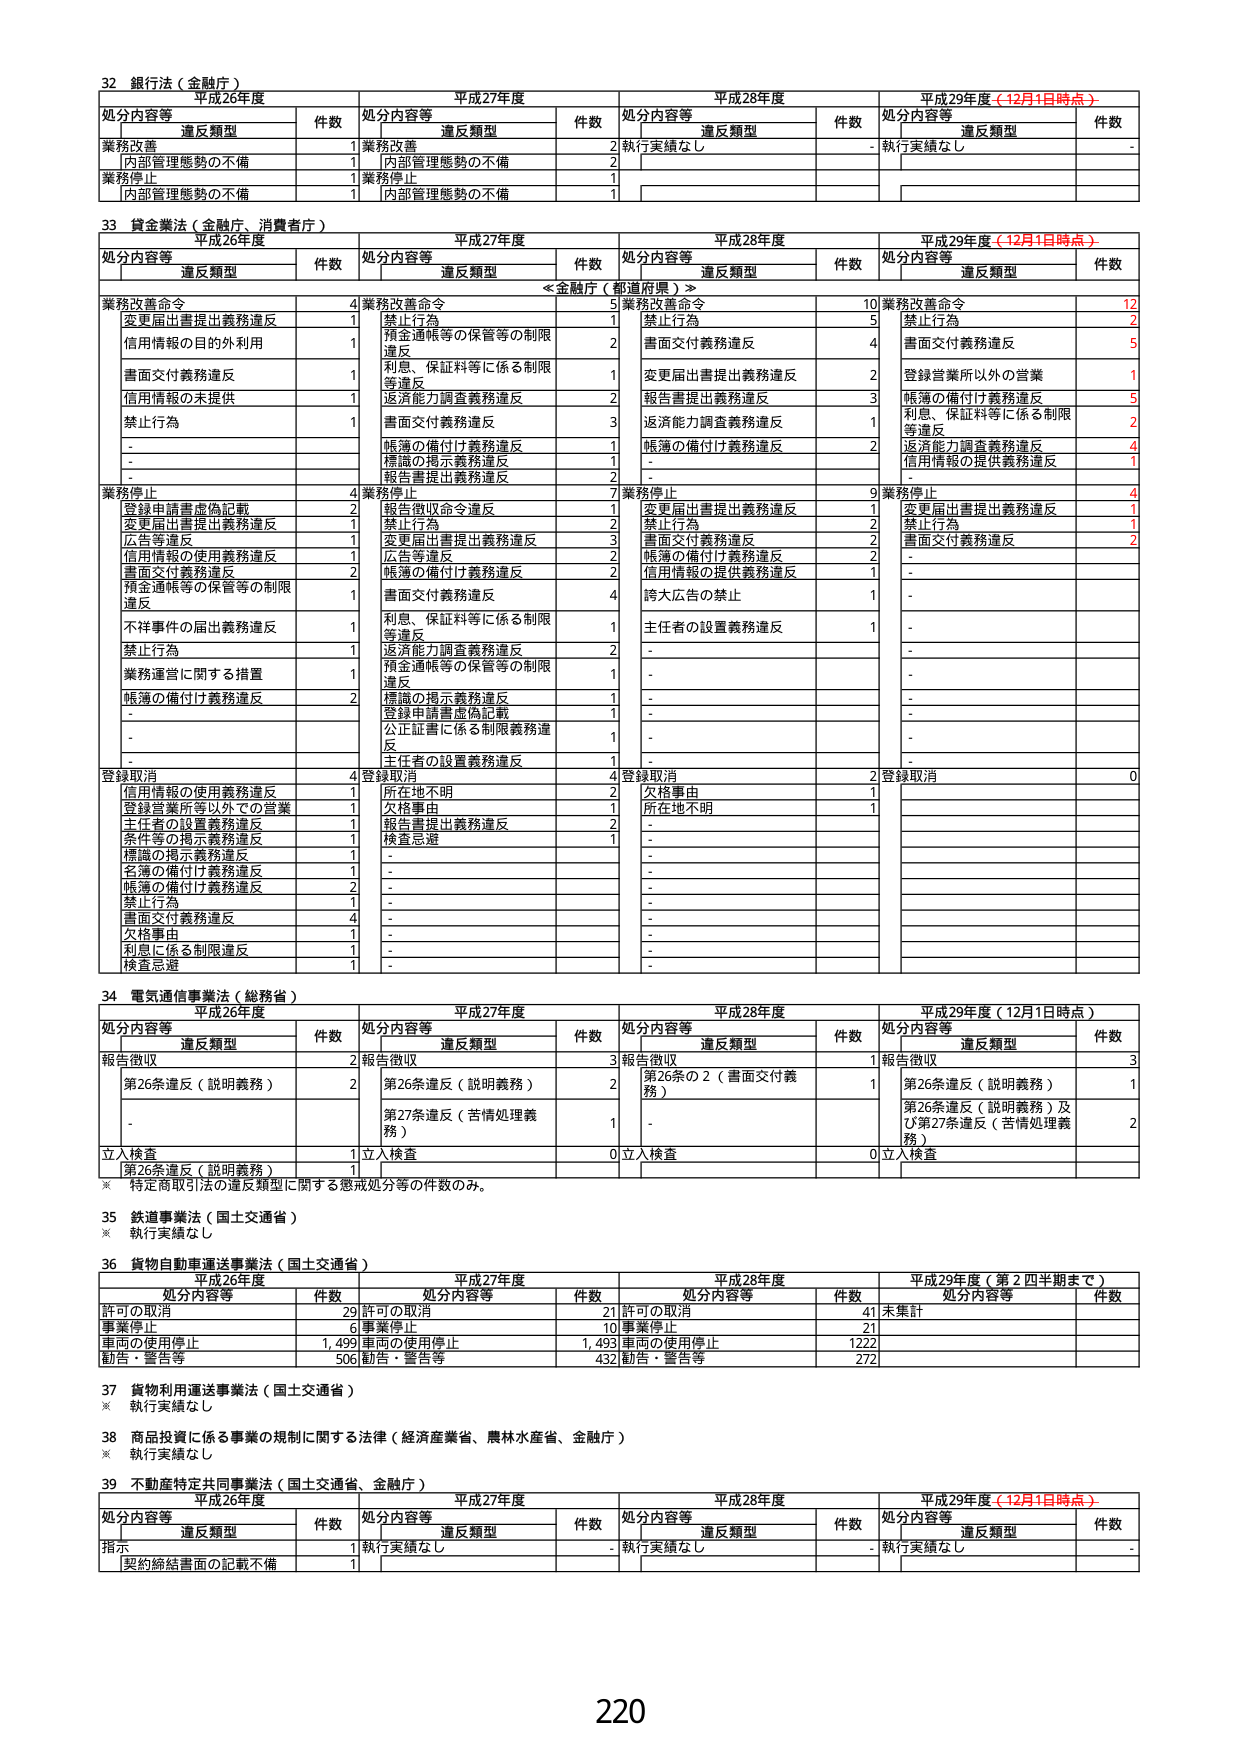
32 銀行法（金融庁）
平成26年度 平成27年度 平成28年度 平成29年度（12月1日時点）
処分内容等 違反類型 件数 処分内容等 違反類型 件数 処分内容等 違反類型 件数 処分内容等 違反類型 件数
業務改善 1 業務改善 2 執行実績なし - 執行実績なし -
　[内部管理態勢の不備] 1 　[内部管理態勢の不備] 2
業務停止 1 業務停止 1
　[内部管理態勢の不備] 1 　[内部管理態勢の不備] 1

33 貸金業法（金融庁、消費者庁）
平成26年度 平成27年度 平成28年度 平成29年度（12月1日時点）
処分内容等 違反類型 件数 処分内容等 違反類型 件数 処分内容等 違反類型 件数 処分内容等 違反類型 件数
　　<<金融庁（都道府県）>>
業務改善命令 4 業務改善命令 5 業務改善命令 10 業務改善命令 12
　変更届出書提出義務違反 1 　禁止行為 1 　禁止行為 5 　禁止行為 2
　信用情報の目的外利用 1 　預金通帳等の保管等の制限違反 2 　書面交付義務違反 4 　書面交付義務違反 5
　書面交付義務違反 1 　利息、保証料等に係る制限等違反 1 　変更届出書提出義務違反 2 　登録営業所以外の営業 1
　信用情報の未提供 1 　返済能力調査義務違反 2 　報告書提出義務違反 3 　帳簿の備付け義務違反 5
　禁止行為 1 　書面交付義務違反 3 　返済能力調査義務違反 1 　利息、保証料等に係る制限等違反 2
　- 　帳簿の備付け義務違反 1 　- 　返済能力調査義務違反 2
　- 　標識の掲示義務違反 1 　- 　信用情報の提供義務違反 1
　- 　報告書提出義務違反 2
業務停止 4 業務停止 7 業務停止 9 業務停止 4
　登録申請書虚偽記載 2 　報告書収命令違反 1 　変更届出書提出義務違反 1 　変更届出書提出義務違反 1
　変更届出書提出義務違反 1 　禁止行為 2 　禁止行為 2 　禁止行為 1
　広告等違反 1 　変更届出書提出義務違反 3 　書面交付義務違反 2 　書面交付義務違反 2
　信用情報の使用義務違反 1 　広告等違反 2 　帳簿の備付け義務違反 2
　書面交付義務違反 2 　帳簿の備付け義務違反 2 　信用情報の提供義務違反 1
　預金通帳等の保管等の制限違反 1 　書面交付義務違反 4 　誇大広告の禁止 1
　不祥事件の届出義務違反 1 　利息、保証料等に係る制限等違反 1 　主任者の設置義務違反 1
　禁止行為 1 　返済能力調査義務違反 2
　業務運営に関する措置 1 　預金通帳等の保管等の制限違反 1
　帳簿の備付け義務違反 2 　標識の掲示義務違反 1
　- 　登録申請書虚偽記載 1
　- 　公正証書に係る制限義務違反 1
　- 　主任者の設置義務違反 1
登録取消 4 登録取消 4 登録取消 2 登録取消 0
　信用情報の使用義務違反 1 　所在地不明 2 　欠格事由 1
　登録営業所等以外での営業 1 　欠格事由 1 　所在地不明 1
　主任者の設置義務違反 1 　報告書提出義務違反 2
　条件等の掲示義務違反 1 　検査忌避 1
　標識の掲示義務違反 1
　名簿の備付け義務違反 1
　帳簿の備付け義務違反 2
　禁止行為 1
　書面交付義務違反 4
　欠格事由 1
　利息に係る制限違反 1
　検査忌避 1

34 電気通信事業法（総務省）
平成26年度 平成27年度 平成28年度 平成29年度（12月1日時点）
処分内容等 違反類型 件数 処分内容等 違反類型 件数 処分内容等 違反類型 件数 処分内容等 違反類型 件数
報告徴収 2 報告徴収 3 報告徴収 1 報告徴収 3
　第26条違反（説明義務） 2 　第26条違反（説明義務） 2 　第26条の2（書面交付義務） 1 　第26条違反（説明義務） 1
　- 　第27条違反（苦情処理義務） 1 　- 　第26条違反（説明義務）及び第27条違反（苦情処理義務） 2
立入検査 1 立入検査 0 立入検査 0 立入検査
　第26条違反（説明義務） 1
※ 特定商取引法の違反類型に関する懲戒処分等の件数のみ。

35 鉄道事業法（国土交通省）
※ 執行実績なし

36 貨物自動車運送事業法（国土交通省）
平成26年度 平成27年度 平成28年度 平成29年度（第2四半期まで）
処分内容等 件数 処分内容等 件数 処分内容等 件数 処分内容等 件数
許可の取消 29 許可の取消 21 許可の取消 41 未集計
事業停止 6 事業停止 10 事業停止 21
車両の使用停止 1,499 車両の使用停止 1,493 車両の使用停止 1222
勧告・警告等 506 勧告・警告等 432 勧告・警告等 272

37 貨物利用運送事業法（国土交通省）
※ 執行実績なし

38 商品投資に係る事業の規制に関する法律（経済産業省、農林水産省、金融庁）
※ 執行実績なし

39 不動産特定共同事業法（国土交通省、金融庁）
平成26年度 平成27年度 平成28年度 平成29年度（12月1日時点）
処分内容等 違反類型 件数 処分内容等 違反類型 件数 処分内容等 違反類型 件数 処分内容等 違反類型 件数
指示 1 執行実績なし - 執行実績なし - 執行実績なし -
　契約締結書面の記載不備 1

220